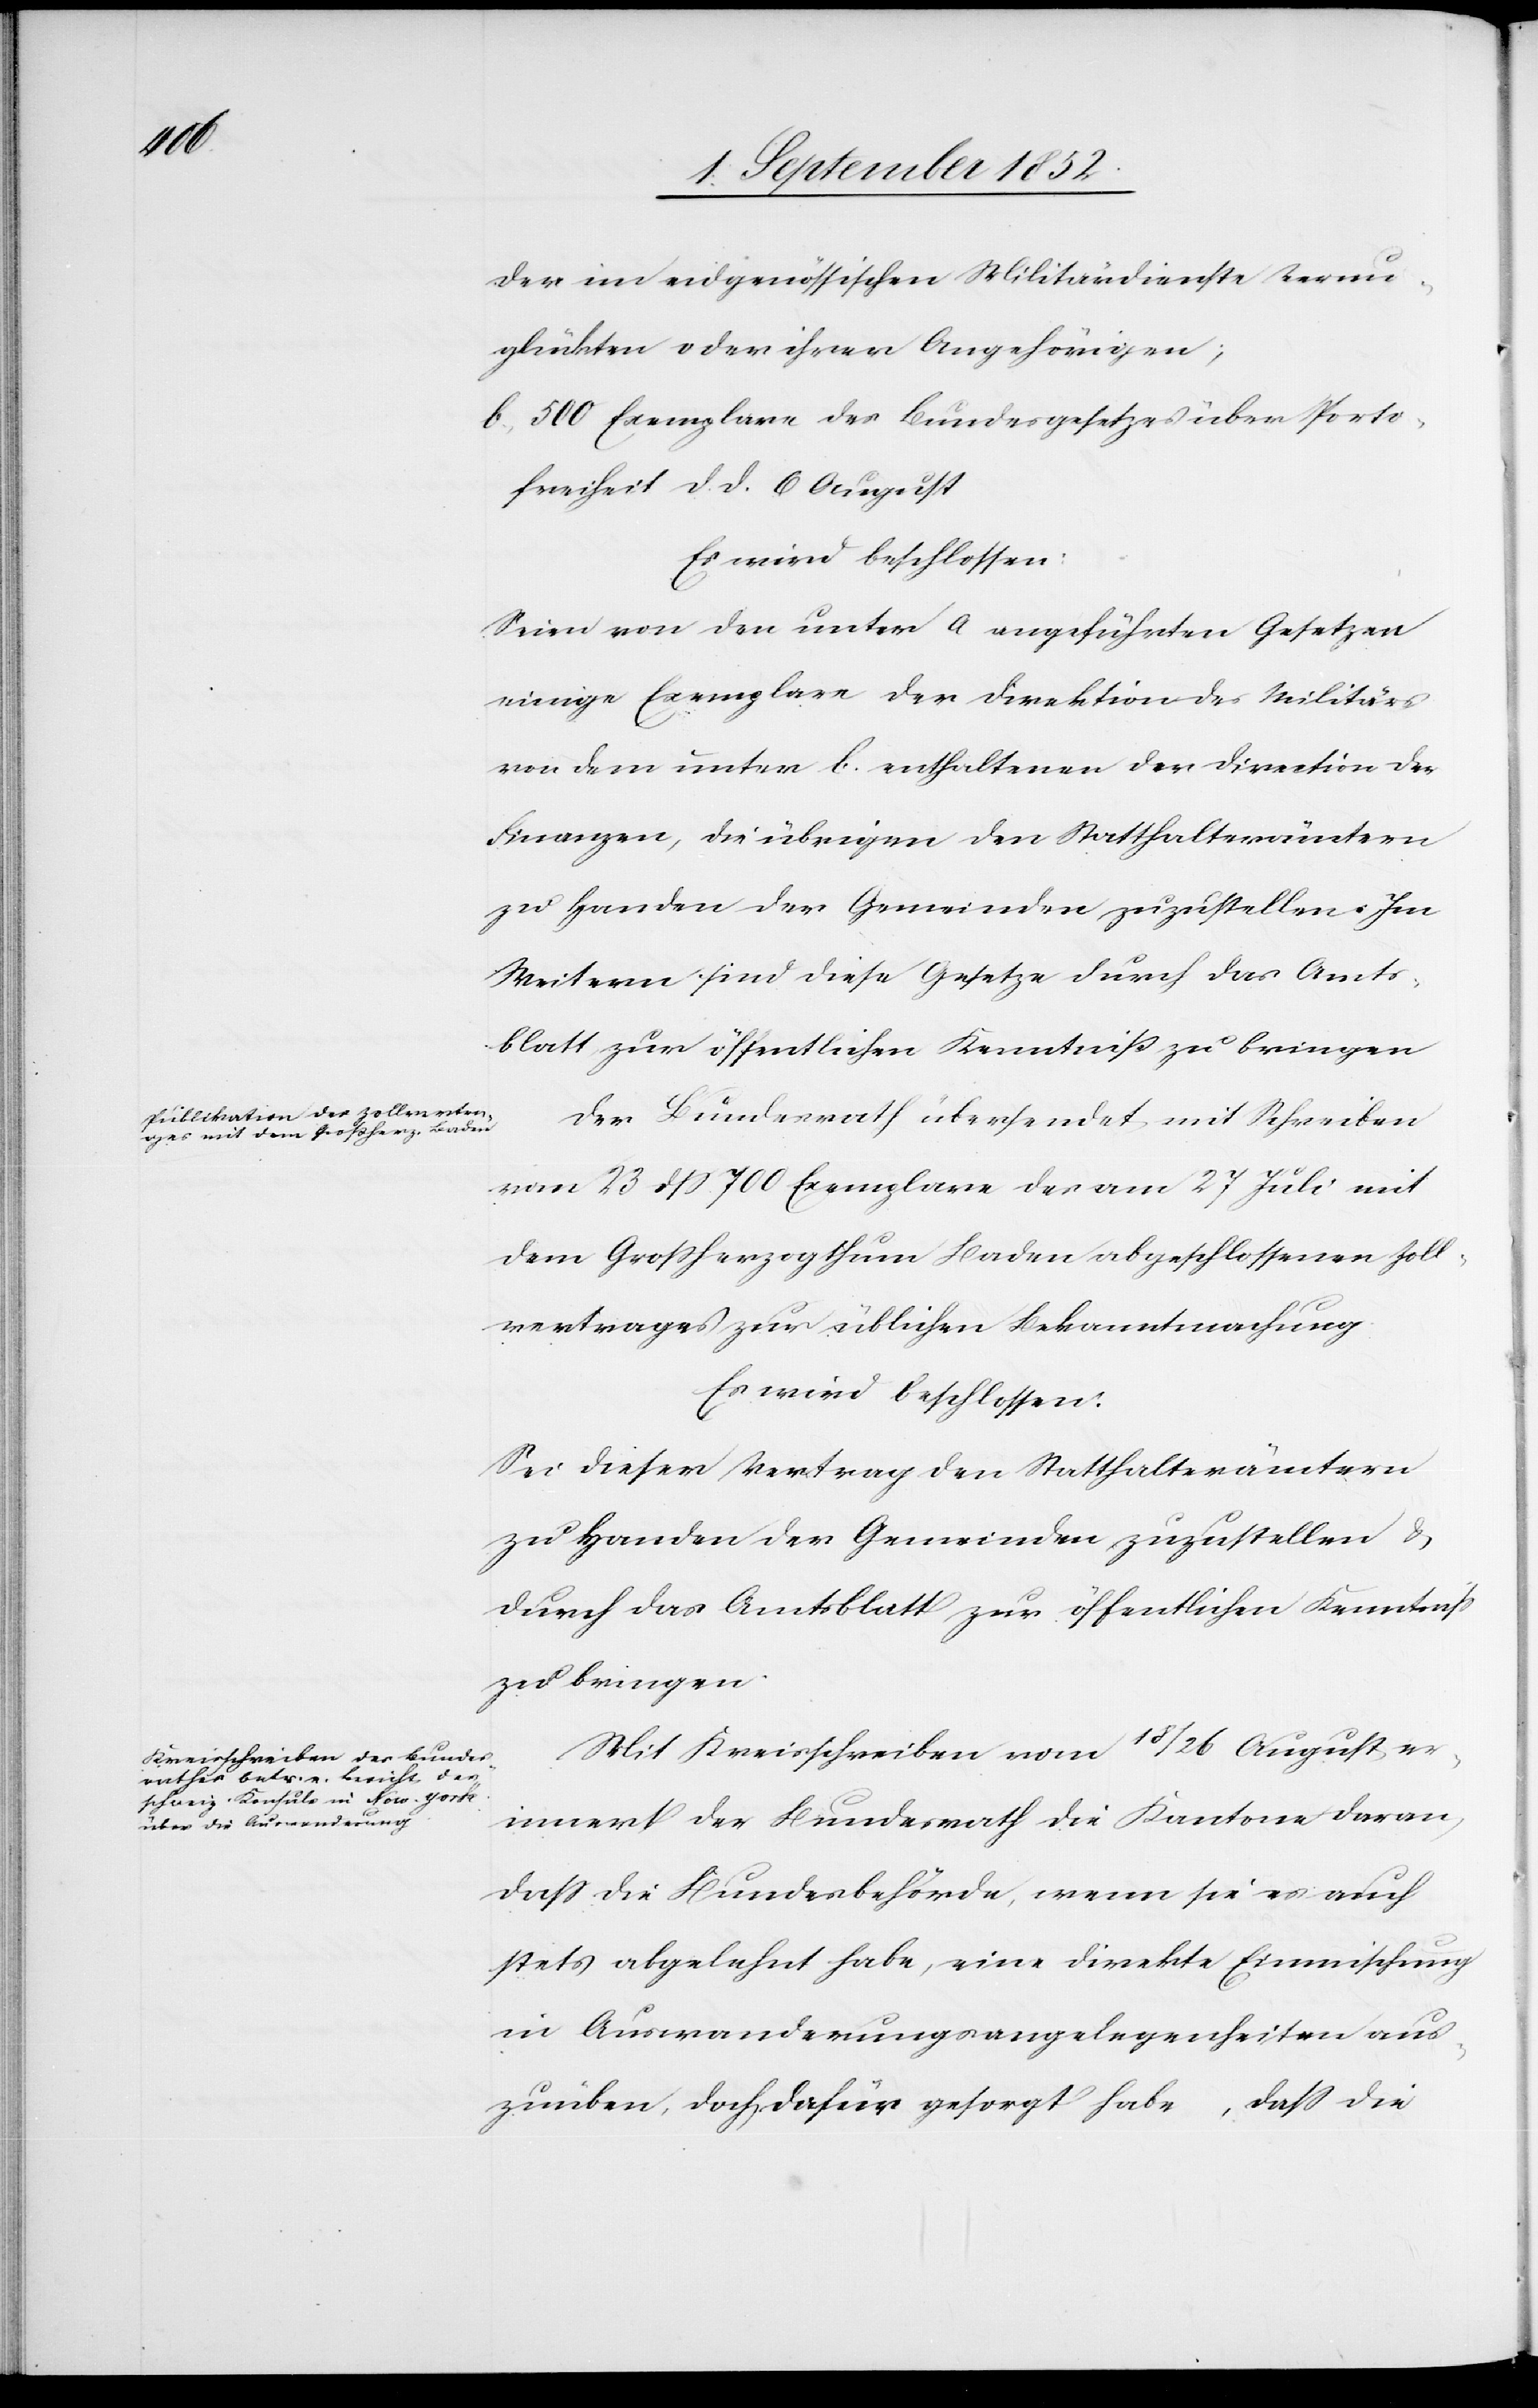
der im eidgenössischen Militärdienste Verun¬
glückten oder ihrer Angehörigen;
b., 500 Exemplare des Bundesgesetzes über Porto¬
freiheit d. d. 6 August
Es wird beschlossen:
Seien von den unter a angeführten Gesetzen
einige Exemplare der Direktion des Militärs,
von dem unter b. enthaltenen der Direction der
Finanzen, die übrigen den Statthalterämtern
zu Handen der Gemeinden zuzustellen. Im
Weitern sind diese Gesetze durch das Amts¬
blatt zur öffentlichen Kenntniß zu bringen[.]
Der Bundesrath übersendet mit Schreiben
vom 23 dss 700 Exemplare des am 27 Juli mit
dem Grossherzogthum Baden abgeschlossenen Zoll¬
vertrages zur üblichen Bekanntmachung.
Es wird beschlossen:
Sei dieser Vertrag den Statthalterämtern
zu Handen der Gemeinden zuzustellen &
durch das Amtsblatt zur öffentlichen Kenntniss
zu bringen.
Mit Kreisschreiben vom 18 / 26 August er¬
innert der Bundesrath die Kantone daran,
dass die Bundesbehörde, wenn sie es auch
stets abgelehnt habe, eine direkte Einmischung
in Auswanderungsangelegenheiten aus¬
zuüben, doch dafür gesorgt habe, dass die